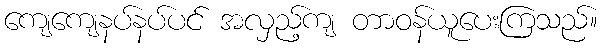
ကျေကျေနပ်နပ်ပင် အလှည့်ကျ တာဝန်ယူပေးကြသည်။